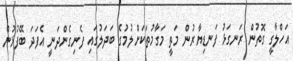
އަހްލާގީ ގޮތުން ރަނގަޅު ފަނޑިޔާރުން މަތީ މަގާމުތަކަށްލުމުގެ ބަދަލުގައި ފެނިގެންދަނީ އެފަދަ ބޭފުޅުން